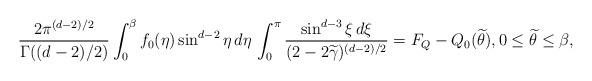
LaTeX: \begin{align*}\frac{2\pi^{(d-2)/2}} {\Gamma((d-2)/2)} \int_0^\beta f_0(\eta) \sin^{d-2} \eta \, d\eta \, \int_0^\pi \frac { \sin^{d-3} \xi \,d\xi} {(2 - 2\widetilde{\gamma})^{(d-2)/2}} = F_Q - Q_0(\widetilde{\theta}), 0 \leq \widetilde{\theta} \leq \beta,\end{align*}